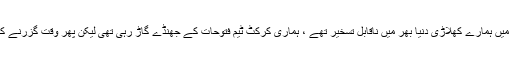
ہاکی اور اسکوائش سمیت بہت سی دیگر کھیلوں میں ہمارے کھلاڑی دنیا بھر میں ناقابلِ تسخیر تھے ، ہماری کرکٹ ٹیم فتوحات کے جھنڈے گاڑ رہی تھی لیکن پھر وقت گزرنے کے ساتھ ساتھ کامیابیوں کی رفتار کم ہوتی گئی ۔